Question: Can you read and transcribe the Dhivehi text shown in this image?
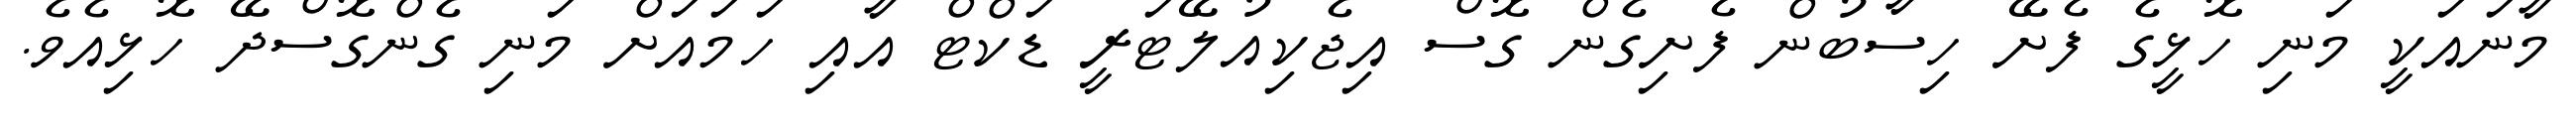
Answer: މާނައަކީ މަނި ހޮޅީގެ ފެށޭ ހިސާބުން ފެށިގެން ގޮސް އިޖެކިއުލޭޓަރީ ޑަކްޓް އާއި ހަމައަށް މަނި ގެންގޮސްދޭ ހޮޅިއެވެ.